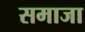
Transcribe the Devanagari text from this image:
समाजा